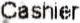
CASHIER